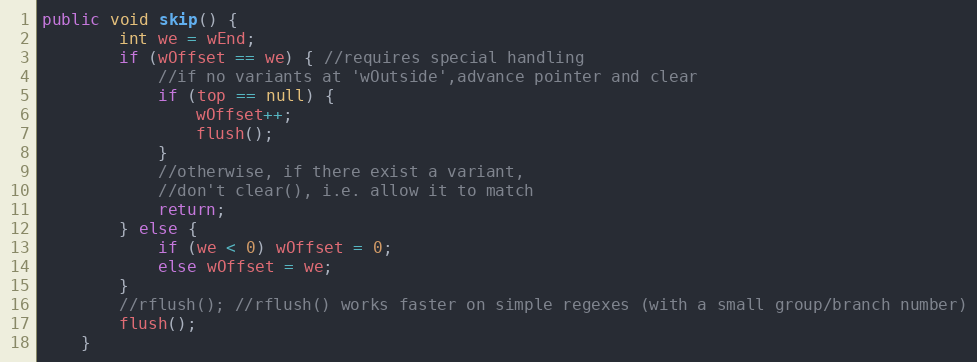
Language: Java
public void skip() {
        int we = wEnd;
        if (wOffset == we) { //requires special handling
            //if no variants at 'wOutside',advance pointer and clear
            if (top == null) {
                wOffset++;
                flush();
            }
            //otherwise, if there exist a variant,
            //don't clear(), i.e. allow it to match
            return;
        } else {
            if (we < 0) wOffset = 0;
            else wOffset = we;
        }
        //rflush(); //rflush() works faster on simple regexes (with a small group/branch number)
        flush();
    }